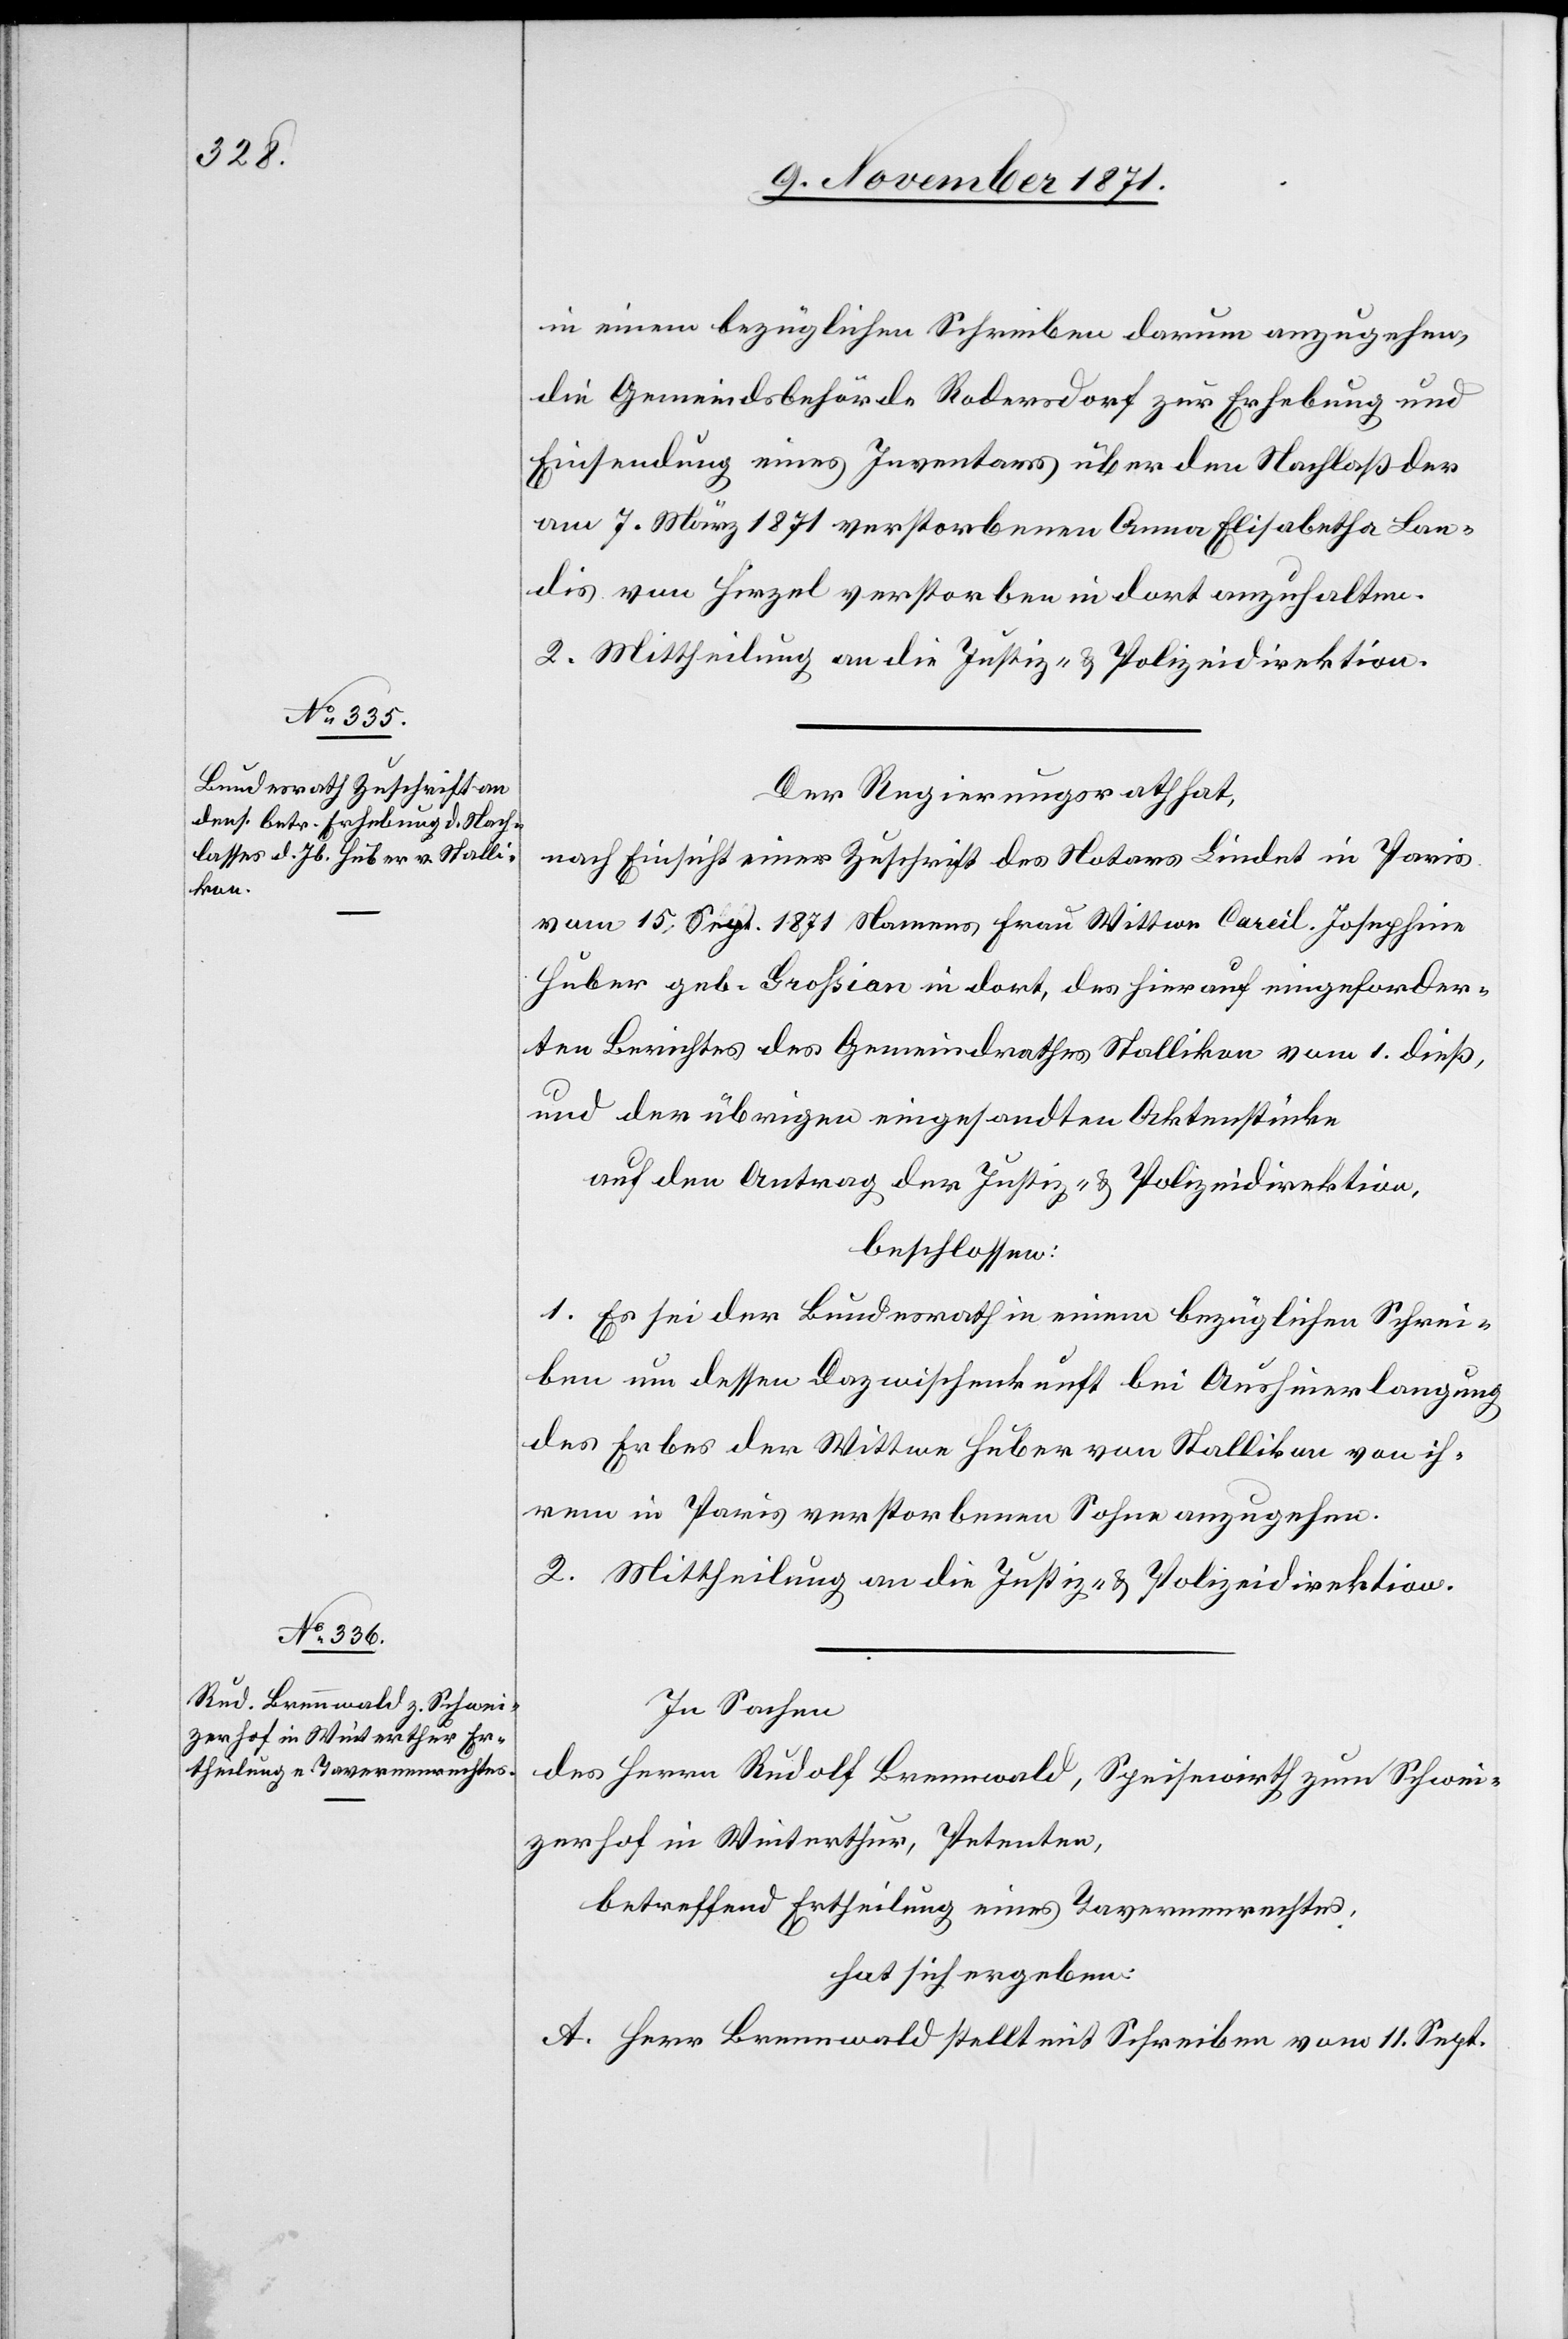
in einem bezüglichen Schreiben darum anzugehen,
die Gemeindsbehörde Rodersdorf zur Erhebung und
Einsendung eines Inventars über den Nachlaß der
am 7. März 1871 verstorbenen Anna Elisabetha Lan¬
dis von Hirzel verstorben in dort anzuhalten.
2. Mittheilung an die Justiz- & Polizeidirektion.
Der Regierungsrath hat,
nach Einsicht einer Zuschrift des Notars Lindet in Paris
vom 15. Sept. 1871 Namens Frau Wittwe Careil. Josephine
Huber geb. Grohsian in dort, des hierauf eingeforder¬
ten Berichtes des Gemeindrathes Stallikon vom 1. dieß,
und der übrigen eingesandten Aktenstücke
auf den Antrag der Justiz- & Polizeidirektion,
beschlossen:
1. Es sei der Bundesrath in einem bezüglichen Schrei¬
ben um dessen Dazwischenkunft bei Aushinerlangung
des Erbes der Wittwe Huber von Stallikon von ih¬
rem in Paris verstorbenen Sohne anzugehen.
2. Mittheilung an die Justiz- & Polizeidirektion.
In Sachen
des Herrn Rudolf Brennwald, Speisewirth zum Schwei¬
zerhof in Winterthur, Petenten,
betreffend Ertheilung eines Tavernenrechtes,
hat sich ergeben:
A. Herr Brennwald stellt mit Schreiben vom 11. Sept.